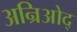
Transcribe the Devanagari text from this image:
अन्रिओद्